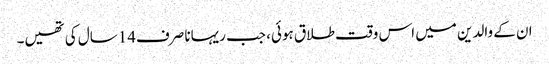
ان کے والدین میں اس وقت طلاق ہوئی، جب ریہانا صرف14سال کی تھیں۔